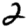
Digit: 2